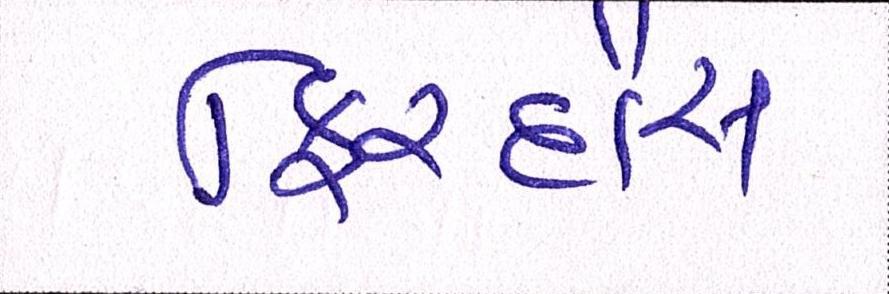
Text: ફિરદૌસ